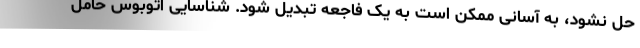
حل نشود، به آسانی ممکن است به یک فاجعه تبدیل شود. شناسایی اتوبوس حامل